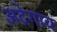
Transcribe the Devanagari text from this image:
अदेगाव